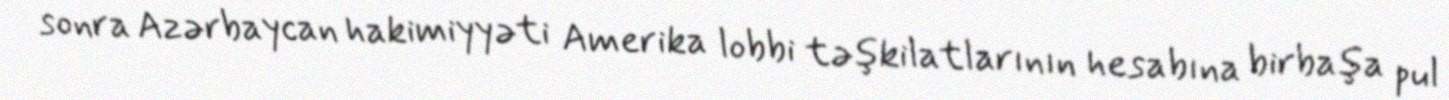
sonra Azərbaycan hakimiyyəti Amerika lobbi təşkilatlarının hesabına birbaşa pul